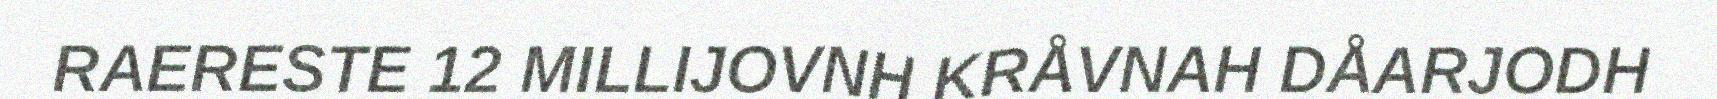
RAERESTE 12 MILLIJOVNH KRÅVNAH DÅARJODH